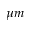
\mu m